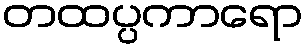
တထပ္ပကာရော